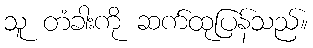
သူ တံခါးကို ဆက်ထုပြန်သည်။